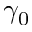
\gamma _ { 0 }